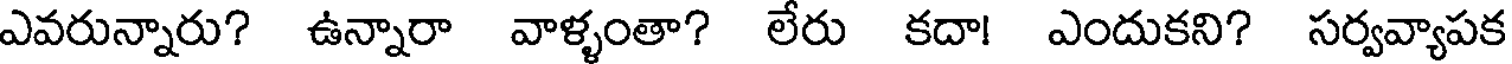
ఎవరున్నారు? ఉన్నారా వాళ్ళంతా? లేరు కదా! ఎందుకని? సర్వవ్యాపక